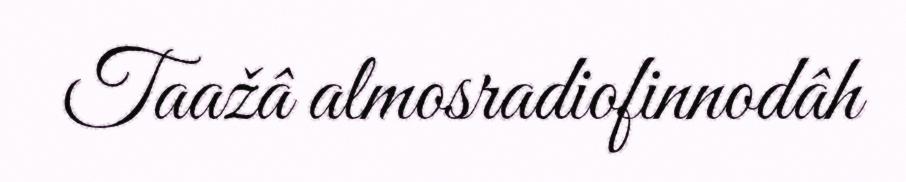
Taažâ almosradiofinnodâh